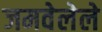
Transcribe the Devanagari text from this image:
जमवेलेले